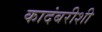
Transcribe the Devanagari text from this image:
कादंबरीशी